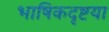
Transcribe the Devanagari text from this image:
भाषिकदृष्टया